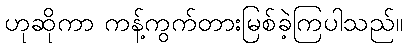
ဟုဆိုကာ ကန့်ကွက်တားမြစ်ခဲ့ကြပါသည်။